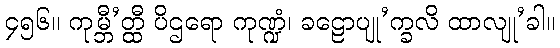
၄၅၆။ ကုမ္ဘီ’တ္ထီ ပိဌရော ကုဏ္ဍံ၊ ခဠောပျု’က္ခလိ ထာလျု’ခါ။